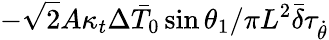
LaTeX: -\sqrt{2}A\kappa_{t}\Delta\bar{T}_{0}\sin\theta_{1}/\pi L^{2}\bar{\delta}\tau_{\dot{\theta}}